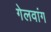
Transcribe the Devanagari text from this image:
गेलवांग